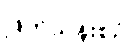
ဖြတ်သန်းစဉ်